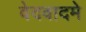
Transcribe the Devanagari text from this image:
वेदवादमे